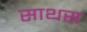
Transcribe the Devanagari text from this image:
साथस